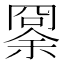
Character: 𠕨